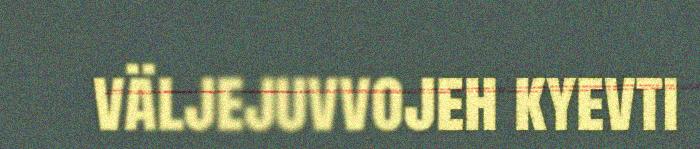
väljejuvvojeh kyevti